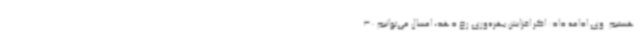
هستیم. وی ادامه داد: اگر افزایش بهره‌وری رخ دهد، امسال می‌توانیم 30